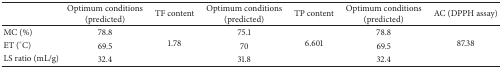
<table><thead><tr><td><b> </b></td><td><b>Optimum conditions (predicted)</b></td><td><b>TF content</b></td><td><b>Optimum conditions (predicted)</b></td><td><b>TP content</b></td><td><b>Optimum conditions (predicted)</b></td><td><b>AC (DPPH assay)</b></td></tr></thead><tbody><tr><td>MC (%)</td><td>78.8</td><td rowspan="3">1.78</td><td>75.1</td><td rowspan="3">6.601</td><td>78.8</td><td rowspan="3">87.38</td></tr><tr><td>ET (°C)</td><td>69.5</td><td>70</td><td>69.5</td></tr><tr><td>LS ratio (mL/g)</td><td>32.4</td><td>31.8</td><td>32.4</td></tr></tbody></table>